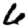
Digit: 6